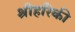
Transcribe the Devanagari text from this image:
श्रीहरिकी